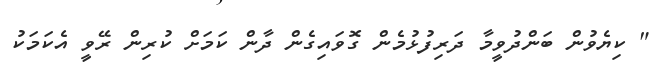
" ކިޔެވުން ބަންދުވީމާ ދަރިފުޅުމެން ގޮވައިގެން ދާން ކަމަށް ކުރިން ރޭވީ އެކަމަކު